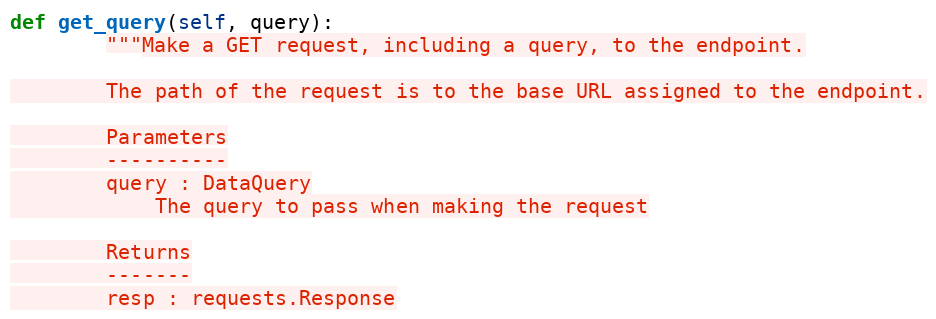
Language: Python
def get_query(self, query):
        """Make a GET request, including a query, to the endpoint.

        The path of the request is to the base URL assigned to the endpoint.

        Parameters
        ----------
        query : DataQuery
            The query to pass when making the request

        Returns
        -------
        resp : requests.Response